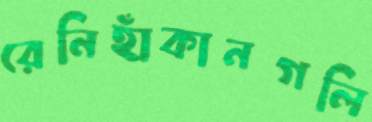
রেনিহাঁকানগলি